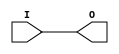
module IBUFG_LVCMOS25 (O, I);

    output O;

    input  I;

	buf B1 (O, I);


endmodule